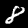
Digit: 8